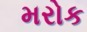
મરોક